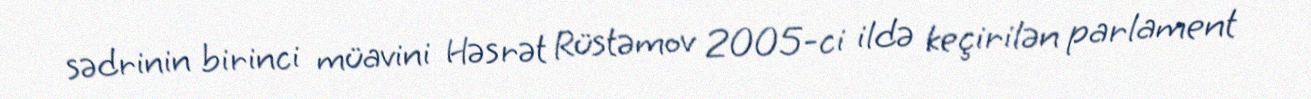
sədrinin birinci müavini Həsrət Rüstəmov 2005-ci ildə keçirilən parlament